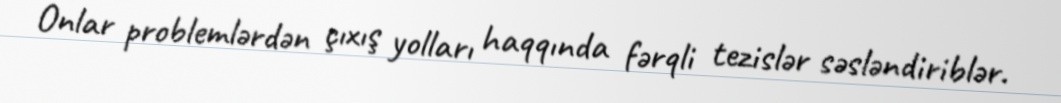
Onlar problemlərdən çıxış yolları haqqında fərqli tezislər səsləndiriblər.